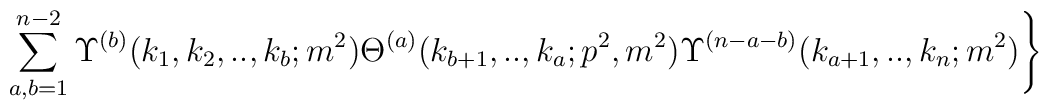
\sum_{a,b=1}^{n-2}\Upsilon ^{(b)}(k_{1},k_{2},..,k_{b};m^{2})\Theta^{(a)}(k_{b+1},..,k_{a};p^{2},m^{2})\Upsilon^{(n-a-b)}(k_{a+1},..,k_{n};m^{2})\Bigg\}